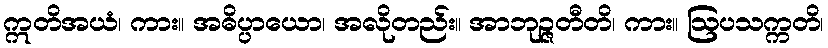
ဣတိအယံ၊ ကား။ အဓိပ္ပာယော၊ အလိုတည်း။ အာဘုဉ္ဇတီတိ၊ ကား။ ဩပသက္ကတိ၊